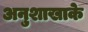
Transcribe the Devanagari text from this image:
अनुशाखाके